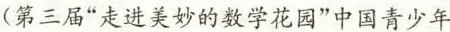
(第三届”走进美妙的数学花园”中国青少年